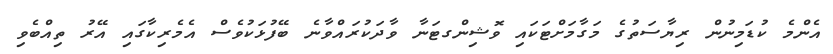
އެންމެ ކުޑަމިނުން ރިޔާސަތުގެ މަގާމަށްޓަކައި ވޮޝިންގޓަނާ ވާދަކުރައްވާނެ ބޭފުޅަކުވެސް އެމެރިކާގައި އޭރު ތިއްބެވި